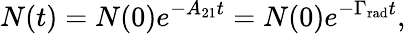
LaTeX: N(t)=N(0)e^{-A_{21}t}=N(0)e^{-\Gamma_{\mathrm{rad}}t},